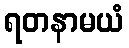
ရတနာမယံ